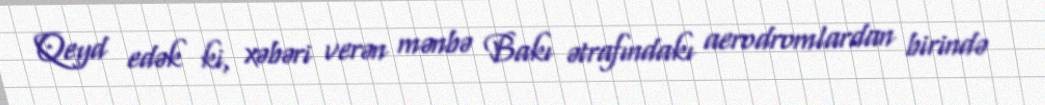
Qeyd edək ki, xəbəri verən mənbə Bakı ətrafındakı aerodromlardan birində